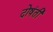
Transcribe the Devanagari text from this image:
दोषंती